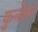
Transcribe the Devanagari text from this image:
कुन्डेरू